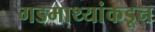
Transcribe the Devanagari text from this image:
गडमाथ्यांकडून